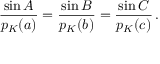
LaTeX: { \frac { \sin A } { p _ { K } ( a ) } } = { \frac { \sin B } { p _ { K } ( b ) } } = { \frac { \sin C } { p _ { K } ( c ) } } \, .